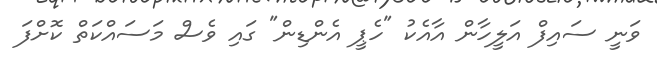
ވަނީ ސައިފް އަލީހާން އާއެކު "ހެޕީ އެންޑިން" ގައި ވެސް މަސައްކަތް ކޮށްފަ